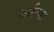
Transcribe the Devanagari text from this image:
अर्धज्या